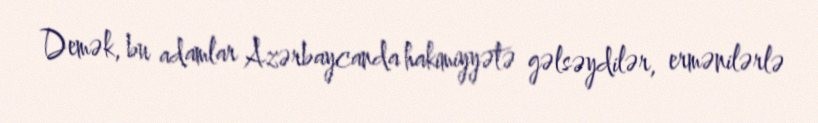
Demək, bu adamlar Azərbaycanda hakimiyyətə gəlsəydilər, ermənilərlə